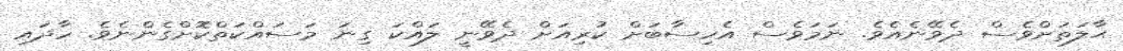
ޙާލަތަށްވެސް ދެވޭނެއެވެ. ނަމަވެސް އެހިސާބަށް ކުރިއަށް ދެވޭނީ ލައްކަ ގިނަ މަސައްކަތްކޮށްގެންނެވެ. ހާދައި